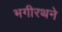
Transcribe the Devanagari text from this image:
भगीरथने